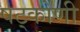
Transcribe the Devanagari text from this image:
षट्कोणी